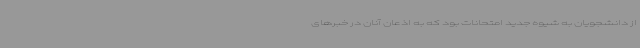
از دانشجویان به شیوه جدید امتحانات بود که به اذعان آنان در خبرهای